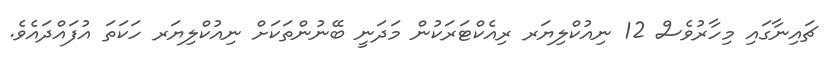
ޗައިނާގައި މިހާރުވެސް 12 ނިއުކްލިޔަރ ރިއެކްޓަރަކުން މަދަނީ ބޭނުންތަކަށް ނިއުކްލިޔަރ ހަކަތަ އުފައްދައެވެ.